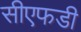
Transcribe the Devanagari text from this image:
सीएफडी